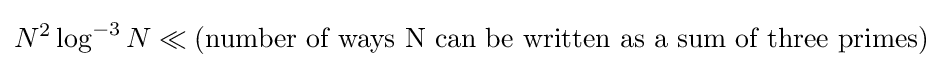
N^{2}\log ^{-3}N\ll \left({\hbox{number of ways N can be written as a sum of three primes}}\right)